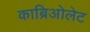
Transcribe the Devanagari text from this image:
काब्रिओलेट